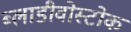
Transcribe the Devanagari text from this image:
ब्लाडीवोस्टोक